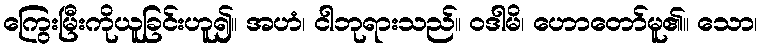
ကြွေးမြီးကိုယူခြင်းဟူ၍။ အဟံ၊ ငါဘုရားသည်။ ဝဒါမိ၊ ဟောတော်မူ၏။ သော၊